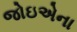
જોઇએના